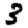
Digit: 3